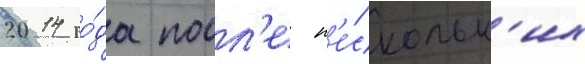
2014 го́да посл'е н'е́скольк'их